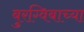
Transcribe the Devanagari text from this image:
बुरग्विबाच्या